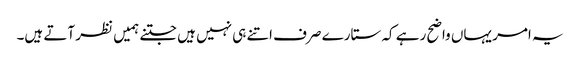
یہ امر یہاں واضح رہے کہ ستارے صرف اتنے ہی نہیں ہیں جتنے ہمیں نظر آتے ہیں۔